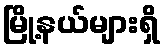
မြို့နယ်များရှိ